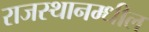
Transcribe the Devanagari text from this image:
राजस्थानम्धील